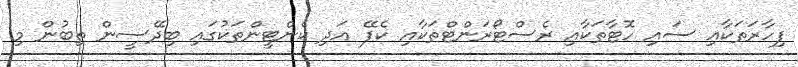
ފިހާރަތަކާއި ސައި ހޮޓާތަކާއި ރެސްޓޯރަންޓްތަކާއި ކެފޭ އަދި ކެންޓީންތަކުގައި ބިދޭސީން ތިބުން މި